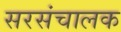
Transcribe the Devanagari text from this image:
सरसंचालक